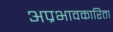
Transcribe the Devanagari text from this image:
अप्रभावकारिता